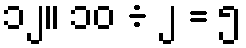
၁၂။ ၁၀ ÷ ၂ = ၅